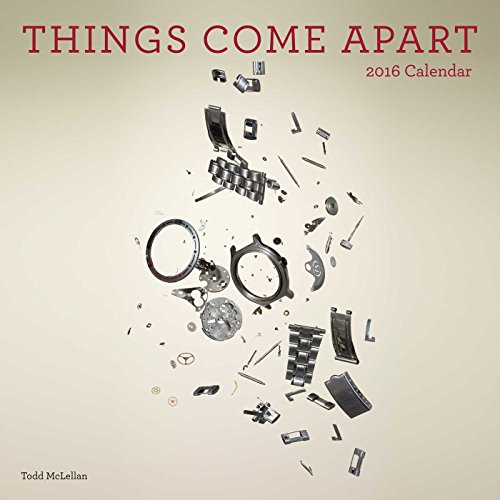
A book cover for Things Come Apart 2016 Wall Calendar; Todd McLellan; Calendars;